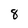
Character: 8